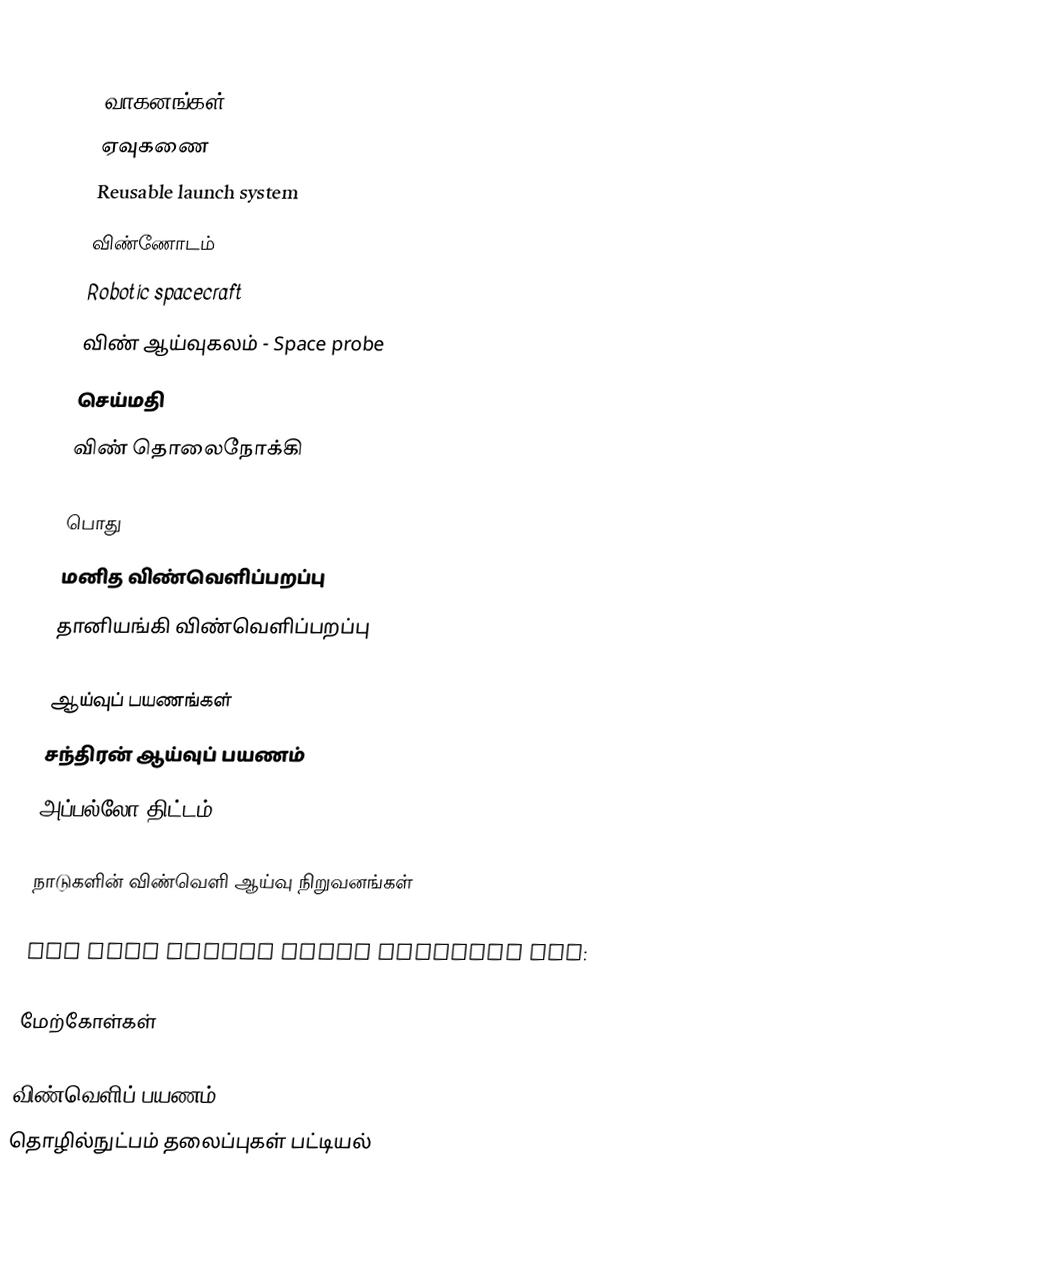

வாகனங்கள்
 ஏவுகணை
 Reusable launch system
 விண்ணோடம்
 Robotic spacecraft
 விண் ஆய்வுகலம் - Space probe
 செய்மதி
 விண் தொலைநோக்கி

பொது
 மனித விண்வெளிப்பறப்பு
 தானியங்கி விண்வெளிப்பறப்பு

ஆய்வுப் பயணங்கள்
 சந்திரன் ஆய்வுப் பயணம்
 அப்பல்லோ திட்டம்

நாடுகளின் விண்வெளி ஆய்வு நிறுவனங்கள்

The best funded space agencies are:

மேற்கோள்கள்

விண்வெளிப் பயணம்
தொழில்நுட்பம் தலைப்புகள் பட்டியல்